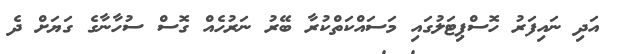
އަދި ނައިފަރު ހޮސްޕިޓަލުގައި މަސައްކަތްކުރާ ބޭރު ނަރުހެއް ގޮސް ސުހާނާގެ ގަޔަށް ދެ